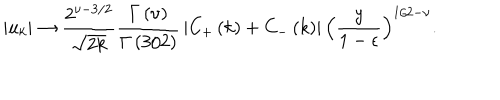
\left| u _ { k } \right| \rightarrow { \frac { 2 ^ { \nu - 3 / 2 } } { \sqrt { 2 k } } } { \frac { \Gamma \left( \nu \right) } { \Gamma \left( 3 / 2 \right) } } \left| C _ { + } \left( k \right) + C _ { - } \left( k \right) \right| \left( { \frac { y } { 1 - \epsilon } } \right) ^ { 1 / 2 - \nu } .